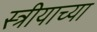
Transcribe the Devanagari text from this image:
स्त्रीयाच्या